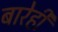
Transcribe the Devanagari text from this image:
बारेही